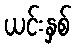
ယင်းနှစ်